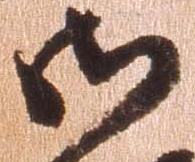
御